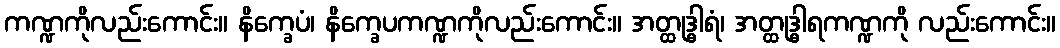
ကဏ္ဍကိုလည်းကောင်း။ နိက္ခေပံ၊ နိက္ခေပကဏ္ဍကိုလည်းကောင်း။ အတ္ထုဒ္ဓါရံ၊ အတ္ထုဒ္ဓါရကဏ္ဍကို လည်းကောင်း။